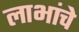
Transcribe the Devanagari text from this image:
लाभांचे